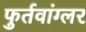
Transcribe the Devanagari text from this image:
फुर्तवांग्लर